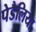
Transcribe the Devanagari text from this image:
पेडैलिया